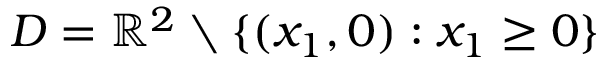
D = \mathbb { R } ^ { 2 } \setminus \{ ( x _ { 1 } , 0 ) : x _ { 1 } \geq 0 \}